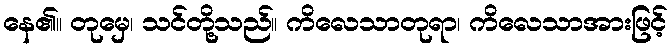
နေ၏။ တုမှေ၊ သင်တို့သည်။ ကိလေသာတုရာ၊ ကိလေသာအားဖြင့်